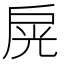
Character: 𢩊